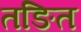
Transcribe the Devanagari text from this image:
तङित